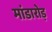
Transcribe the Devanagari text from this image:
मांडारोड़